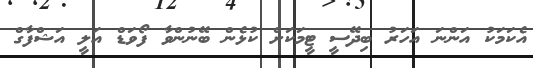
އެކަމަކު އަންނަ އަހަރު ބިދޭސީ ޓީމަކަށް ކުޅެން ބޭނުންވާ ފޯވަޑް އަލީ އަޝްފާގް